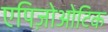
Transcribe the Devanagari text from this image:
एपिज़ोओटिक